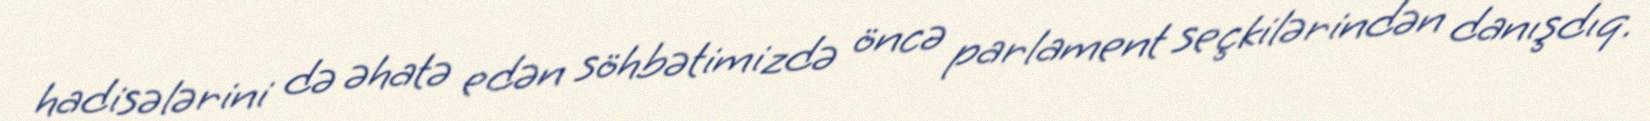
hadisələrini də əhatə edən söhbətimizdə öncə parlament seçkilərindən danışdıq.